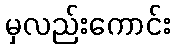
မှလည်းကောင်း